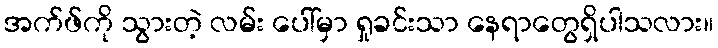
အက်ဖ်ကို သွားတဲ့ လမ်း ပေါ်မှာ ရှုခင်းသာ နေရာတွေရှိပါသလား။